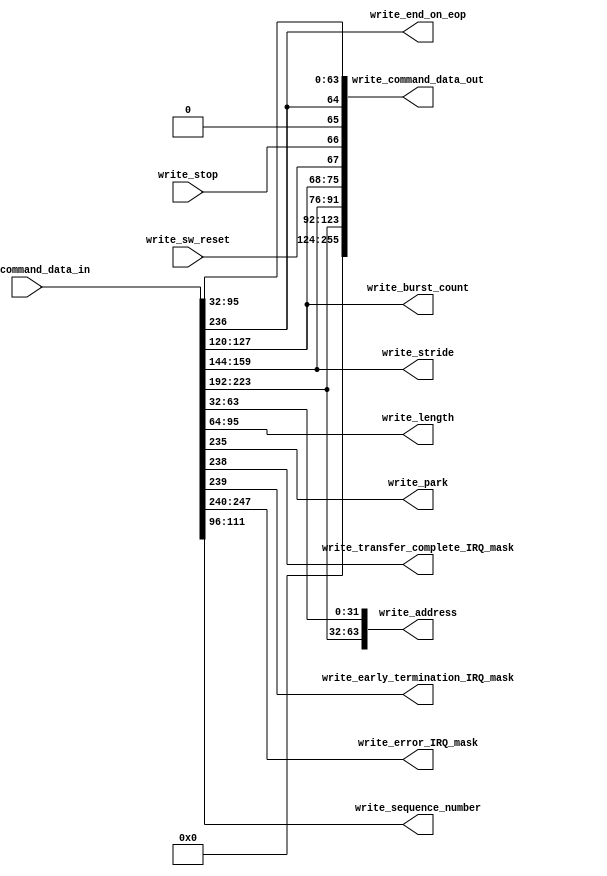
// (C) 2001-2015 Altera Corporation. All rights reserved.
// Your use of Altera Corporation's design tools, logic functions and other 
// software and tools, and its AMPP partner logic functions, and any output 
// files any of the foregoing (including device programming or simulation 
// files), and any associated documentation or information are expressly subject 
// to the terms and conditions of the Altera Program License Subscription 
// Agreement, Altera MegaCore Function License Agreement, or other applicable 
// license agreement, including, without limitation, that your use is for the 
// sole purpose of programming logic devices manufactured by Altera and sold by 
// Altera or its authorized distributors.  Please refer to the applicable 
// agreement for further details.


/*

  This block is used to breakout the 256 bit streaming ports to and from the write master.
  The information sent through the streaming ports is a bundle of wires and buses so it's
  fairly inconvenient to constantly refer to them by their position amungst the 256 lines.
  This block also provides a layer of abstraction since the descriptor buffers block has
  no clue what format the descriptors are in except that the 'go' bit is written to.  This
  means that using this block you could move descriptor information around without affecting
  the top level dispatcher logic.
  
  
  1.0  06/29/2009 - First version of this block of wires
  
  1.1  11/15/2012 - Added in an additional 32 bits of address for extended descriptors
  
*/


// synthesis translate_off
`timescale 1ns / 1ps
// synthesis translate_on

// turn off superfluous verilog processor warnings 
// altera message_level Level1 
// altera message_off 10034 10035 10036 10037 10230 10240 10030 


module write_signal_breakout (
  write_command_data_in,     // descriptor from the write FIFO
  write_command_data_out,  // reformated descriptor to the write master

  // breakout of command information
  write_address,
  write_length,
  write_park,
  write_end_on_eop,
  write_transfer_complete_IRQ_mask,
  write_early_termination_IRQ_mask,
  write_error_IRQ_mask,
  write_burst_count,      // when 'ENHANCED_FEATURES' is 0 this will be driven to ground
  write_stride,           // when 'ENHANCED_FEATURES' is 0 this will be driven to ground
  write_sequence_number,  // when 'ENHANCED_FEATURES' is 0 this will be driven to ground

  // additional control information that needs to go out asynchronously with the command data
  write_stop,
  write_sw_reset
);

  parameter DATA_WIDTH = 256;  // 256 bits when enhanced settings are enabled otherwise 128 bits

  input [DATA_WIDTH-1:0] write_command_data_in;
  output wire [255:0] write_command_data_out;

  output wire [63:0] write_address;
  output wire [31:0] write_length;
  output wire write_park;
  output wire write_end_on_eop;
  output wire write_transfer_complete_IRQ_mask;
  output wire write_early_termination_IRQ_mask;
  output wire [7:0] write_error_IRQ_mask;
  output wire [7:0] write_burst_count;
  output wire [15:0] write_stride;
  output wire [15:0] write_sequence_number;

  input write_stop;
  input write_sw_reset;

  assign write_address[31:0] = write_command_data_in[63:32];
  assign write_length = write_command_data_in[95:64];


  generate
    if (DATA_WIDTH == 256)
    begin
      assign write_park = write_command_data_in[235];
      assign write_end_on_eop = write_command_data_in[236];
      assign write_transfer_complete_IRQ_mask = write_command_data_in[238];
      assign write_early_termination_IRQ_mask = write_command_data_in[239];
      assign write_error_IRQ_mask = write_command_data_in[247:240];
      assign write_burst_count = write_command_data_in[127:120];
      assign write_stride = write_command_data_in[159:144];
      assign write_sequence_number = write_command_data_in[111:96];
      assign write_address[63:32] = write_command_data_in[223:192];
    end
    else
    begin
      assign write_park = write_command_data_in[107];
      assign write_end_on_eop = write_command_data_in[108];
      assign write_transfer_complete_IRQ_mask = write_command_data_in[110];
      assign write_early_termination_IRQ_mask = write_command_data_in[111];
      assign write_error_IRQ_mask = write_command_data_in[119:112];
      assign write_burst_count = 8'h00;
      assign write_stride = 16'h0000;
      assign write_sequence_number = 16'h0000; 
      assign write_address[63:32] = 32'h00000000;    
    end
  endgenerate


  // big concat statement to glue all the signals back together to go out to the write master (MSBs to LSBs)
  assign write_command_data_out = {{132{1'b0}},  // zero pad the upper 132 bits
                                  write_address[63:32],
                                  write_stride,
                                  write_burst_count,
                                  write_sw_reset,
                                  write_stop,
                                  1'b0,  // used to be the early termination bit so now it's reserved
                                  write_end_on_eop,
                                  write_length,
                                  write_address[31:0]};

endmodule